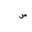
Letter: _sin